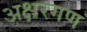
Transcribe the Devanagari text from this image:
अक्षरगण